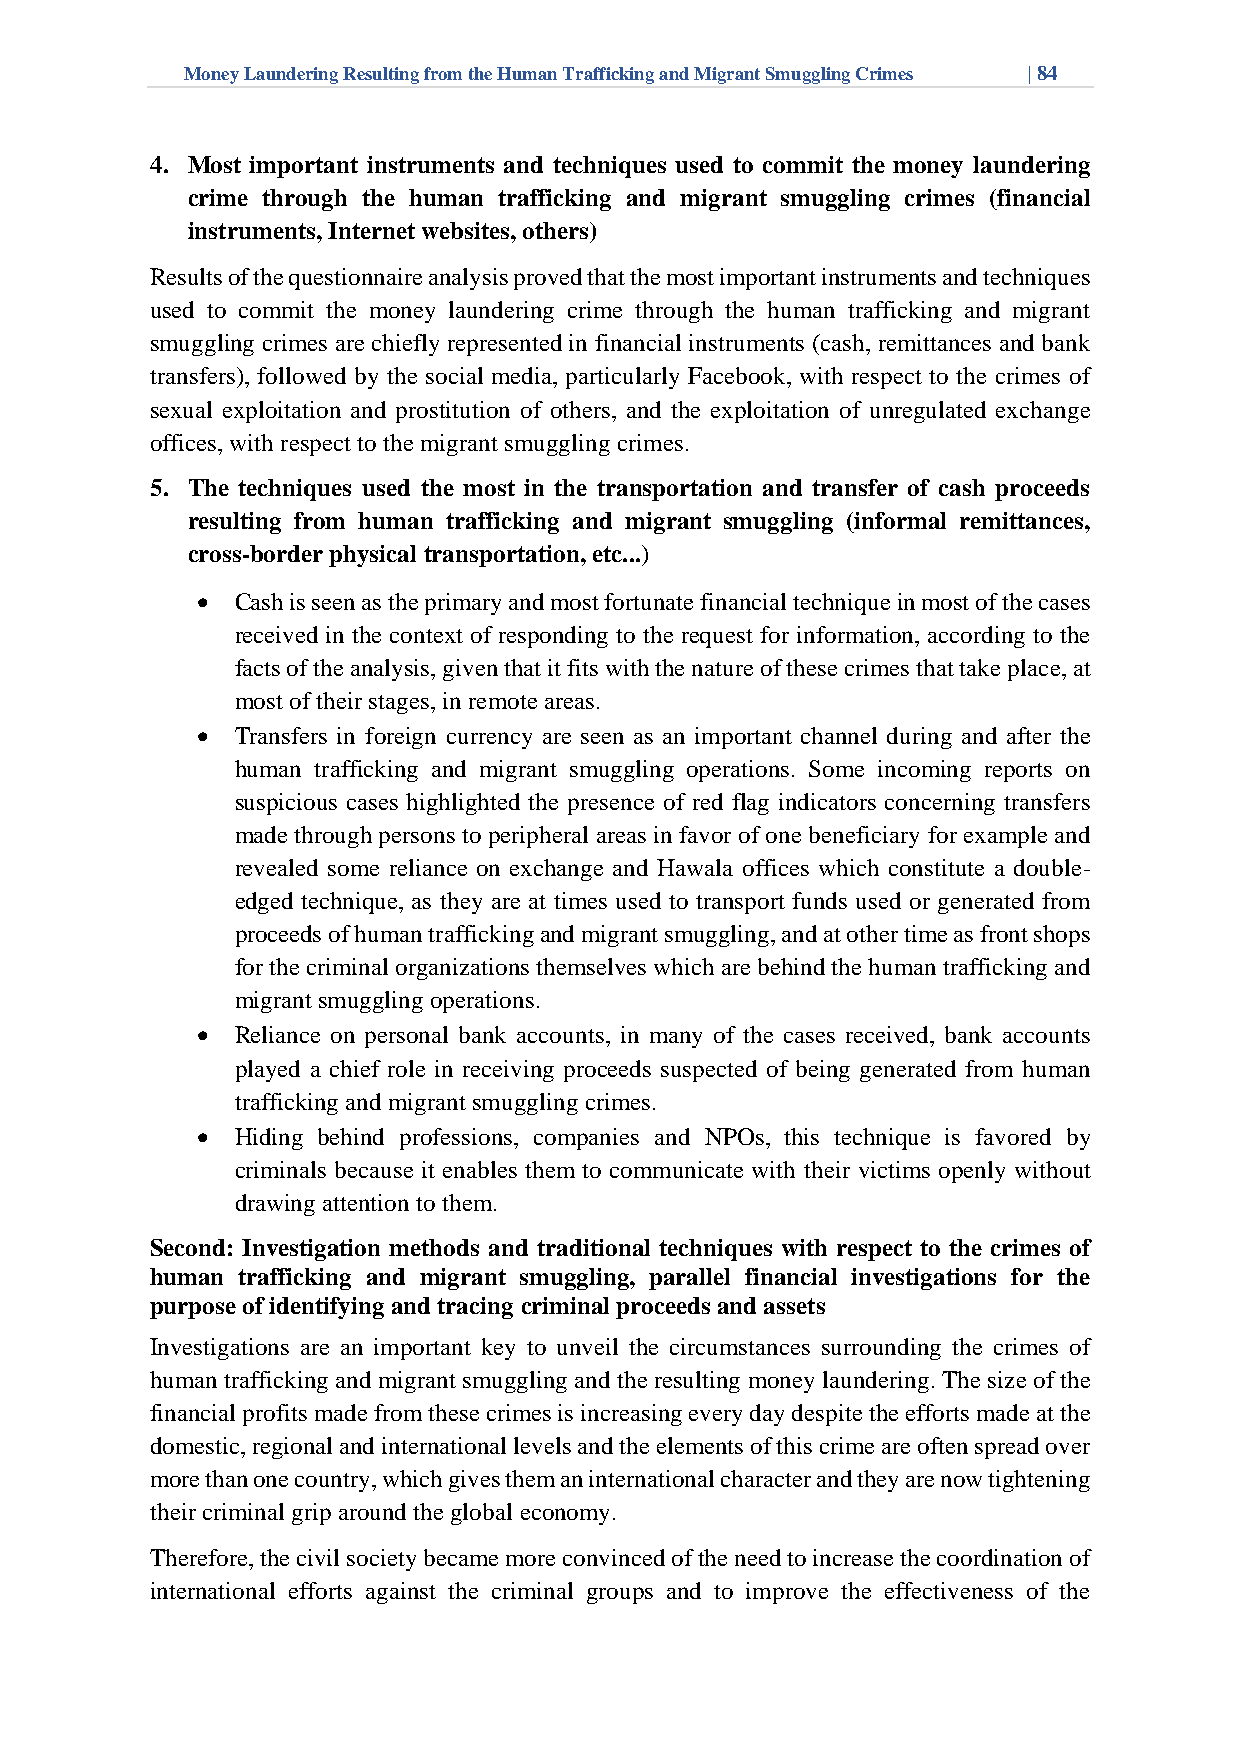
Money Laundering Resulting from the Human Trafficking and Migrant Smuggling Crimes | 84
 4. Most important instruments and techniques used to commit the money laundering
 crime through the human trafficking and migrant smuggling crimes (financial
 instruments, Internet websites, others)
 Results of the questionnaire analysis proved that the most important instruments and techniques
 used to commit the money laundering crime through the human trafficking and migrant
 smuggling crimes are chiefly represented in financial instruments (cash, remittances and bank
 transfers), followed by the social media, particularly Facebook, with respect to the crimes of
 sexual exploitation and prostitution of others, and the exploitation of unregulated exchange
 offices, with respect to the migrant smuggling crimes.
 5. The techniques used the most in the transportation and transfer of cash proceeds
 resulting from human trafficking and migrant smuggling (informal remittances,
 cross-border physical transportation, etc...)
 •  Cash is seen as the primary and most fortunate financial technique in most of the cases
 received in the context of responding to the request for information, according to the
 facts of the analysis, given that it fits with the nature of these crimes that take place, at
 most of their stages, in remote areas.
 •  Transfers in foreign currency are seen as an important channel during and after the
 human trafficking and migrant smuggling operations. Some incoming reports on
 suspicious cases highlighted the presence of red flag indicators concerning transfers
 made through persons to peripheral areas in favor of one beneficiary for example and
 revealed some reliance on exchange and Hawala offices which constitute a double-
 edged technique, as they are at times used to transport funds used or generated from
 proceeds of human trafficking and migrant smuggling, and at other time as front shops
 for the criminal organizations themselves which are behind the human trafficking and
 migrant smuggling operations.
 •  Reliance on personal bank accounts, in many of the cases received, bank accounts
 played a chief role in receiving proceeds suspected of being generated from human
 trafficking and migrant smuggling crimes.
 •  Hiding behind professions, companies and NPOs, this technique is favored by
 criminals because it enables them to communicate with their victims openly without
 drawing attention to them.
 Second: Investigation methods and traditional techniques with respect to the crimes of
 human trafficking and migrant smuggling, parallel financial investigations for the
 purpose of identifying and tracing criminal proceeds and assets
 Investigations are an important key to unveil the circumstances surrounding the crimes of
 human trafficking and migrant smuggling and the resulting money laundering. The size of the
 financial profits made from these crimes is increasing every day despite the efforts made at the
 domestic, regional and international levels and the elements of this crime are often spread over
 more than one country, which gives them an international character and they are now tightening
 their criminal grip around the global economy.
 Therefore, the civil society became more convinced of the need to increase the coordination of
 international efforts against the criminal groups and to improve the effectiveness of the